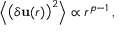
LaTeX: { \Big \langle } { \big ( } \delta \mathbf { u } ( r ) { \big ) } ^ { 2 } { \Big \rangle } \propto r ^ { p - 1 } \, ,